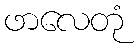
ဖာလေတုံ